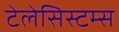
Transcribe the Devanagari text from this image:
टेलेसिस्टम्स